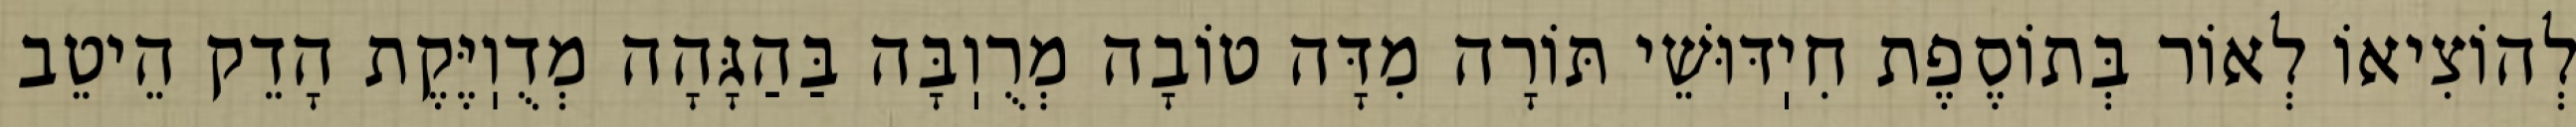
לְהוֹצִיאוֹ לְאוֹר בְּתוֹסֶפֶת חִיֽדּוּשֵׁי תּוֹרָה מִדָּה טוֹבָה מְרֻוֽבָּה בַּהַגָּהָה מְדֻוֽיֶּקֶת הָדֵק הֵיטֵב